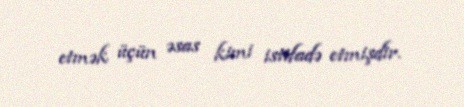
etmək üçün əsas kimi istifadə etmişdir.